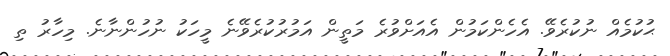
ޙުކުމެއް ނުކުރެވޭ. އެހެންކަމުން އެއަށްވުރެ މަތީން އަމުރުކުރެވޭނެ މީހަކު ނުހުންނާނެ. މިހާރު ތި